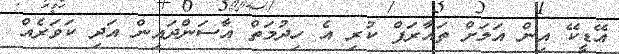
އޭޑީކޭ އިން އަލަށް ތައާރަފް ކުރި އެ ހިދުމަތް އާސަންދައިން އަދި ކަވަރެއް